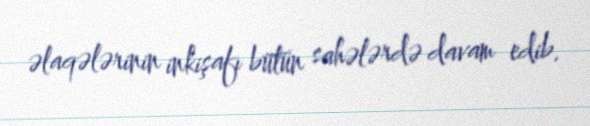
əlaqələrinin inkişafı bütün sahələrdə davam edib.